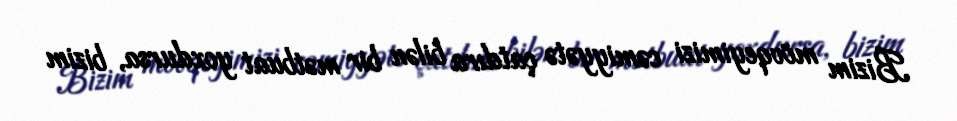
Bizim mövqeyimizi cəmiyyətə çatdıra bilən bir mətbuat yoxdursa, bizim